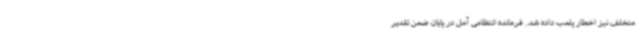
متخلف نیز اخطار پلمب داده شد. فرمانده انتظامی آمل در پایان ضمن تقدیر